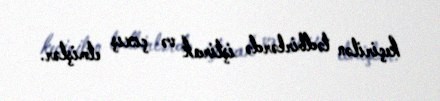
keçirilən tədbirlərdə iştirak və çıxış etmişlər.